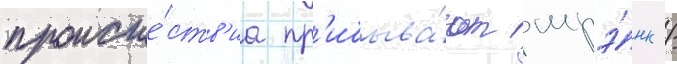
происше́ств'иа пр'ибыва́ют шрэ́нк /